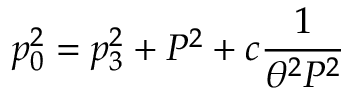
p _ { 0 } ^ { 2 } = p _ { 3 } ^ { 2 } + P ^ { 2 } + c { \frac { 1 } { \theta ^ { 2 } P ^ { 2 } } }